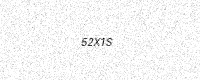
Text: 52X1S